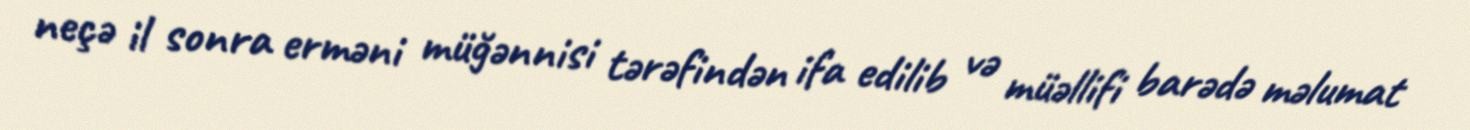
neçə il sonra erməni müğənnisi tərəfindən ifa edilib və müəllifi barədə məlumat